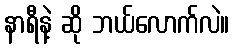
နာရီနဲ့ ဆို ဘယ်လောက်လဲ။